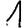
Digit: 1